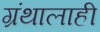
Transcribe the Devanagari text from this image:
ग्रंथालाही